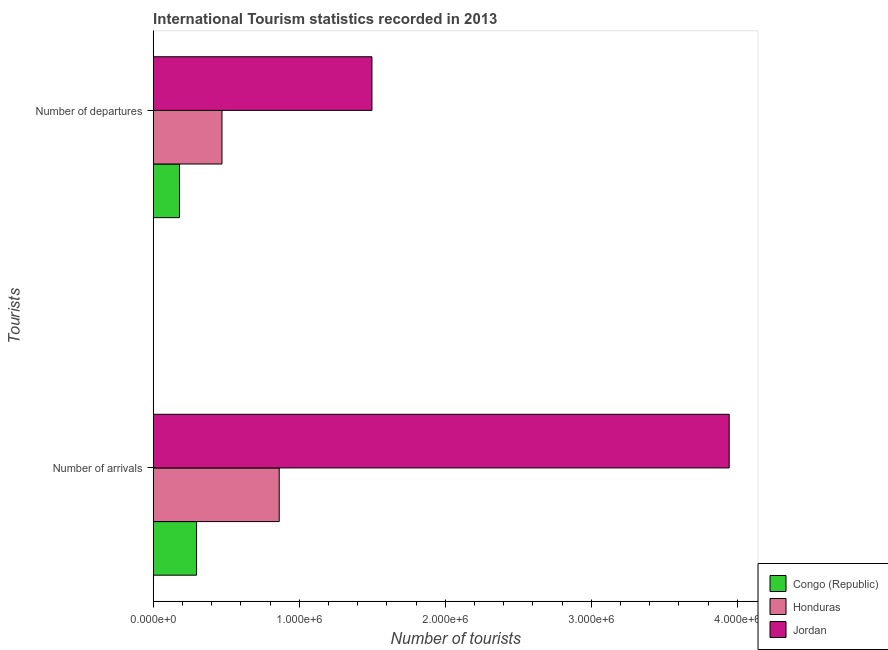
| Tourists | Congo (Republic) | Honduras | Jordan |
 | --- | --- | --- | --- |
 | Number of arrivals | 2.97e+05 | 8.63e+05 | 3.94e+06 |
 | Number of departures | 1.8e+05 | 4.71e+05 | 1.5e+06 |